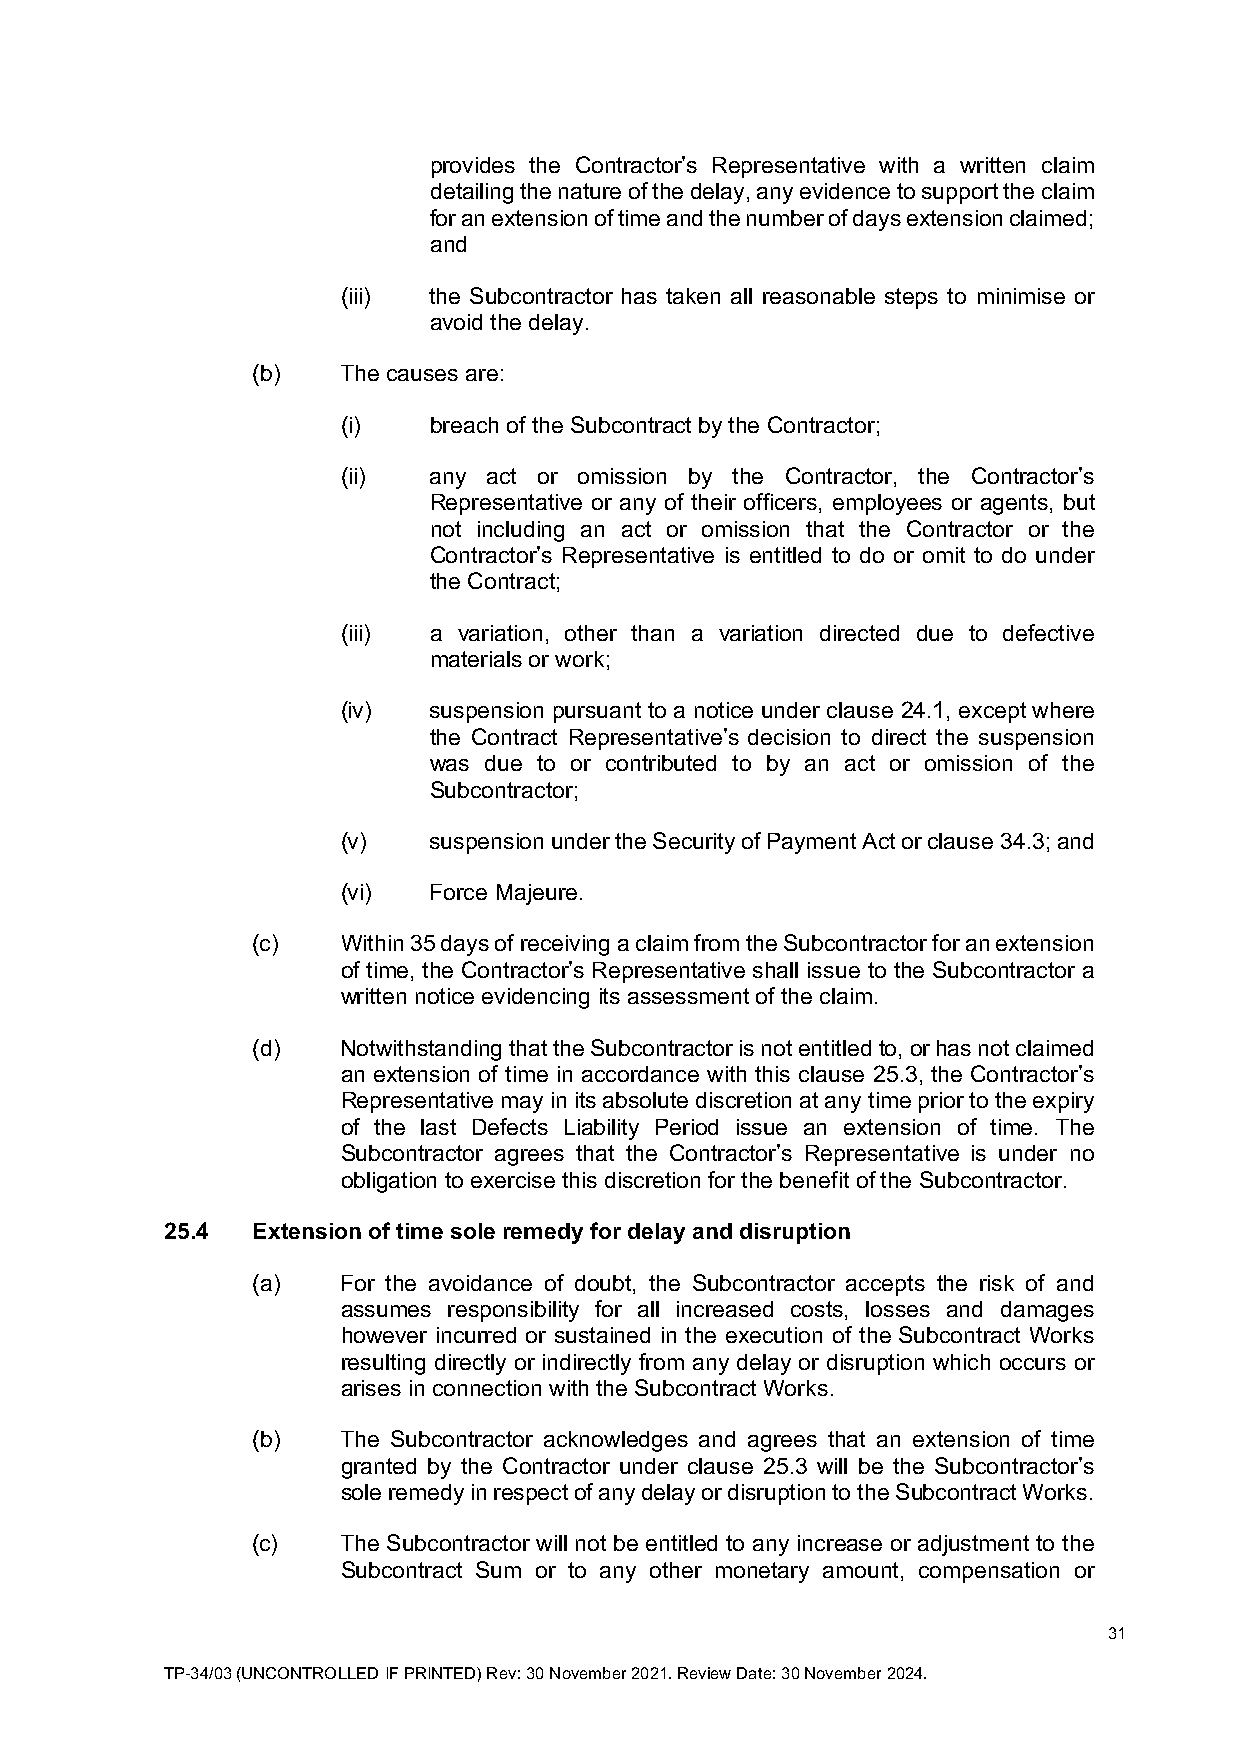
provides the Contractor’s Representative with a written claim
 detailing the nature of the delay, any evidence to support the claim
 for an extension of time and the number of days extension claimed;
 and
 (iii) the Subcontractor has taken all reasonable steps to minimise or
 avoid the delay.
 (b)   The causes are:
 (i)  breach of the Subcontract by the Contractor;
 (ii) any act or omission by the Contractor, the Contractor’s
 Representative or any of their officers, employees or agents, but
 not including an act or omission that the Contractor or the
 Contractor’s Representative is entitled to do or omit to do under
 the Contract;
 (iii) a variation, other than a variation directed due to defective
 materials or work;
 (iv) suspension pursuant to a notice under clause 24.1, except where
 the Contract Representative’s decision to direct the suspension
 was due to or contributed to by an act or omission of the
 Subcontractor;
 (v)  suspension under the Security of Payment Act or clause 34.3; and
 (vi) Force Majeure.
 (c)   Within 35 days of receiving a claim from the Subcontractor for an extension
 of time, the Contractor’s Representative shall issue to the Subcontractor a
 written notice evidencing its assessment of the claim.
 (d)   Notwithstanding that the Subcontractor is not entitled to, or has not claimed
 an extension of time in accordance with this clause 25.3, the Contractor’s
 Representative may in its absolute discretion at any time prior to the expiry
 of the last Defects Liability Period issue an extension of time. The
 Subcontractor agrees that the Contractor’s Representative is under no
 obligation to exercise this discretion for the benefit of the Subcontractor.
 25.4  Extension of time sole remedy for delay and disruption
 (a)   For the avoidance of doubt, the Subcontractor accepts the risk of and
 assumes responsibility for all increased costs, losses and damages
 however incurred or sustained in the execution of the Subcontract Works
 resulting directly or indirectly from any delay or disruption which occurs or
 arises in connection with the Subcontract Works.
 (b)   The Subcontractor acknowledges and agrees that an extension of time
 granted by the Contractor under clause 25.3 will be the Subcontractor’s
 sole remedy in respect of any delay or disruption to the Subcontract Works.
 (c)   The Subcontractor will not be entitled to any increase or adjustment to the
 Subcontract Sum or to any other monetary amount, compensation or
 31
 TP-34/03 (UNCONTROLLED IF PRINTED) Rev: 30 November 2021. Review Date: 30 November 2024.